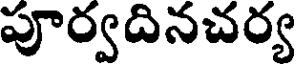
పూర్వదినచర్య